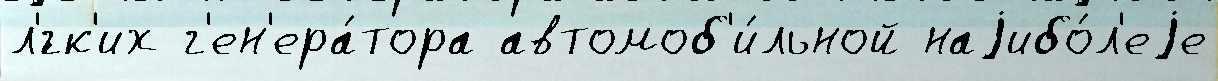
л'́гк'их г'ен'ера́тора автомоб'и́льной наjибо́л'еjе